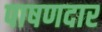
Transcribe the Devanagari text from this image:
पाषणदार